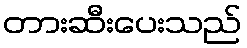
တားဆီးပေးသည်